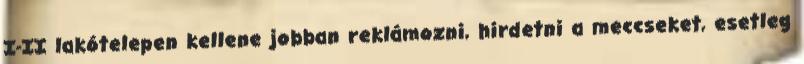
I-II lakótelepen kellene jobban reklámozni, hirdetni a meccseket, esetleg